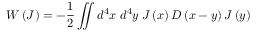
W \left( J \right) = - { \frac { 1 } { 2 } } \iint d ^ { 4 } x \; d ^ { 4 } y \; J \left( x \right) D \left( x - y \right) J \left( y \right)